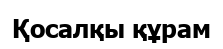
Қосалқы құрам